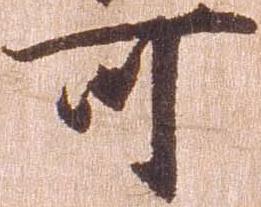
可